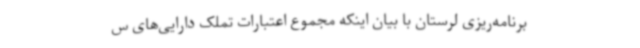
برنامه‌ریزی لرستان با بیان اینکه مجموع اعتبارات تملک دارایی‌های س